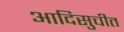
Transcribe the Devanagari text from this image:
आदिसुचीत